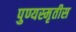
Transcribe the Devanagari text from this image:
पुण्यस्मृतीस